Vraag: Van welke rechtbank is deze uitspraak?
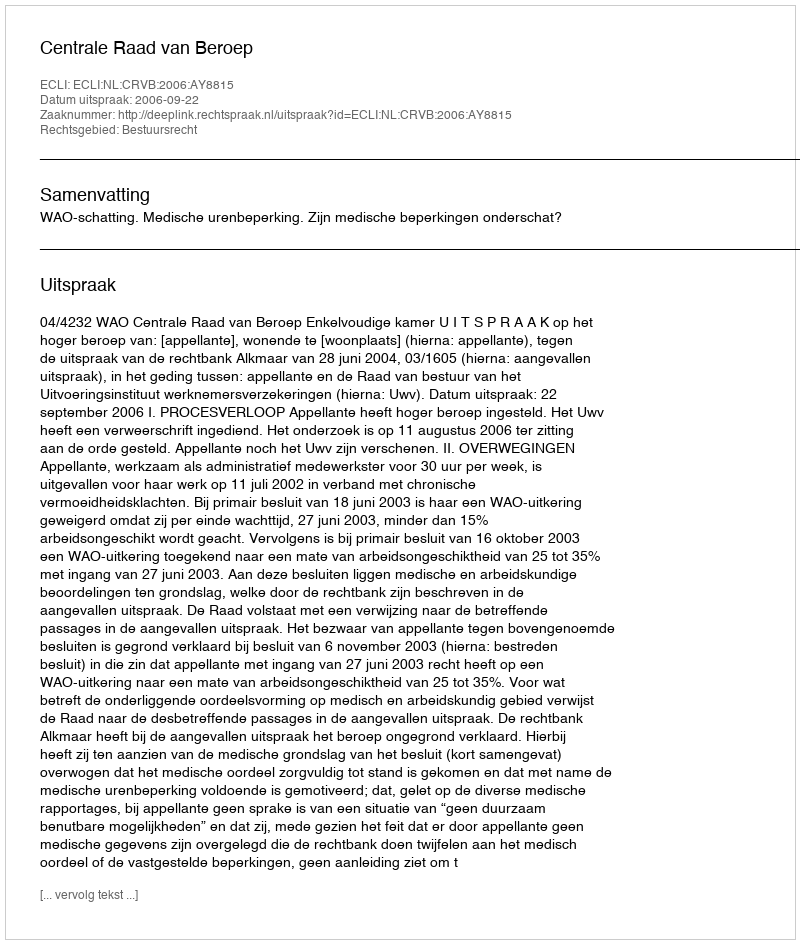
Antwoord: Centrale Raad van Beroep